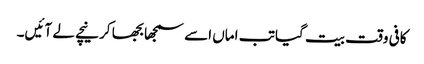
کافی وقت بیت گیا تب اماں اسے سمجھا بجھا کر نیچے لے آئیں۔